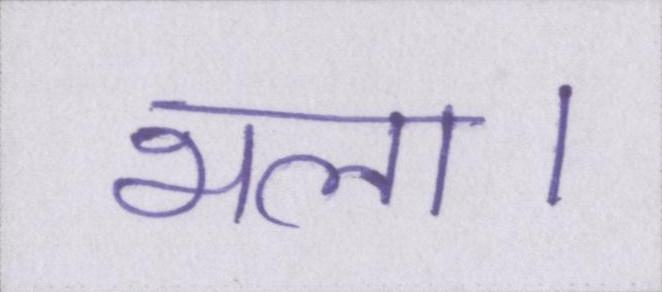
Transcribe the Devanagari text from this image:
भला।